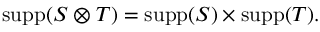
\operatorname { s u p p } ( S \otimes T ) = \operatorname { s u p p } ( S ) \times \operatorname { s u p p } ( T ) .